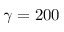
\gamma = 2 0 0